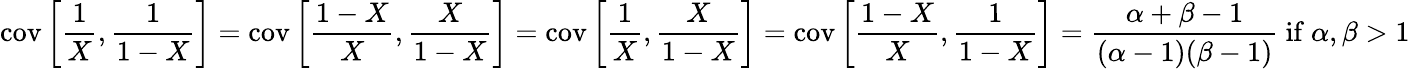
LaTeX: \operatorname{cov}\left[{\frac{1}{X}},{\frac{1}{1-X}}\right]=\operatorname{cov}\left[{\frac{1-X}{X}},{\frac{X}{1-X}}\right]=\operatorname{cov}\left[{\frac{1}{X}},{\frac{X}{1-X}}\right]=\operatorname{cov}\left[{\frac{1-X}{X}},{\frac{1}{1-X}}\right]={\frac{\alpha+\beta-1}{(\alpha-1)(\beta-1)}}{\mathrm{~if~}}\alpha,\beta>1